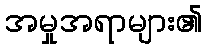
အမှုအရာများ၏